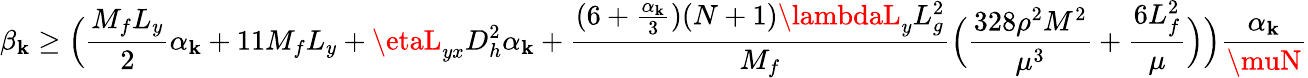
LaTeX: \beta_{\mathbf{k}}\geq\Big(\frac{{M_{f}L_{y}}}{{2}}\alpha_{\mathbf{k}}+11M_{f}L_{y}+\etaL_{yx}D_{h}^{2}\alpha_{\mathbf{k}}+\frac{{(6+\frac{{\alpha_{\mathbf{k}}}}{{3}})(N+1)\lambdaL_{y}L_{g}^{2}}}{{M_{f}}}\Big(\frac{{328\rho^{2}M^{2}}}{{\mu^{3}}}+\frac{{6L_{f}^{2}}}{{\mu}}\Big)\Big)\frac{{\alpha_{\mathbf{k}}}}{{\muN}}